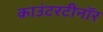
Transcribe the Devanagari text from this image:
काउंटरटीनॉर